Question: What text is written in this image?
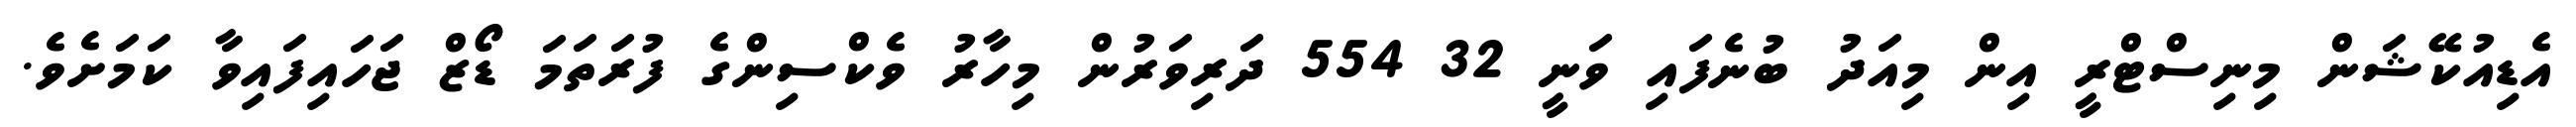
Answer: އެޑިއުކޭޝަން މިނިސްޓްރީ އިން މިއަދު ބުނެފައި ވަނީ 32 554 ދަރިވަރުން މިހާރު ވެކްސިންގެ ފުރަތަމަ ޑޯޒް ޖަހައިފައިވާ ކަމަށެވެ.